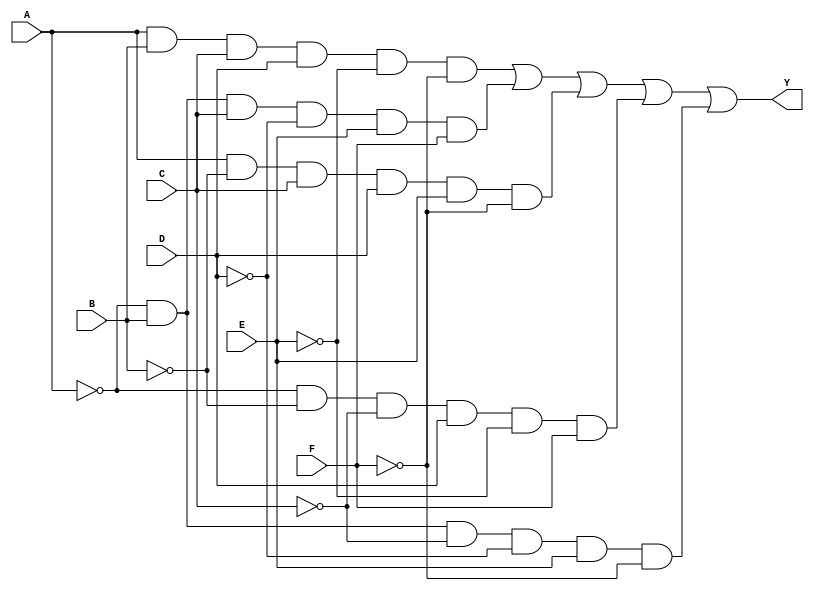
module six_variable_kmap (
    input wire A,  // Input Variable A
    input wire B,  // Input Variable B
    input wire C,  // Input Variable C
    input wire D,  // Input Variable D
    input wire E,  // Input Variable E
    input wire F,  // Input Variable F
    output wire Y  // Output
);

// Define the output based on the SOP form derived from the K-map 
assign Y = (A & B & C & D & !E & !F) |  // Minterm for (1, 1, 1, 1, 0, 0)
           (!A & B & C & !D & E & F) |  // Minterm for (0, 1, 1, 0, 1, 1)
           (A & !B & C & D & E & !F) |  // Minterm for (1, 0, 1, 1, 1, 0)
           (!A & !B & !C & D & !E & F) |// Minterm for (0, 0, 0, 1, 0, 1)
           // Add more minterms as derived from your K-map
           (!A & B & !C & !D & E & !F); // Minterm for (0, 1, 0, 0, 1, 0)

endmodule